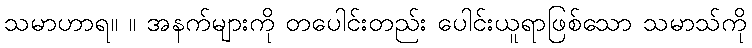
သမာဟာရ။ ။ အနက်များကို တပေါင်းတည်း ပေါင်းယူရာဖြစ်သော သမာသ်ကို